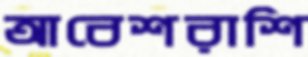
আবেশরাশি